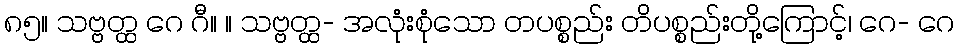
၈၅။ သဗ္ဗတ္ထ ဂေ ဂီ။ ။ သဗ္ဗတ္ထ- အလုံးစုံသော တပစ္စည်း တိပစ္စည်းတို့ကြောင့်၊ ဂေ- ဂေ